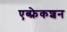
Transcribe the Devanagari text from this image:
एब्फ्रेकशन